Vaccination in Bombay 1869-1873 - 1869-1873
Year: 1869
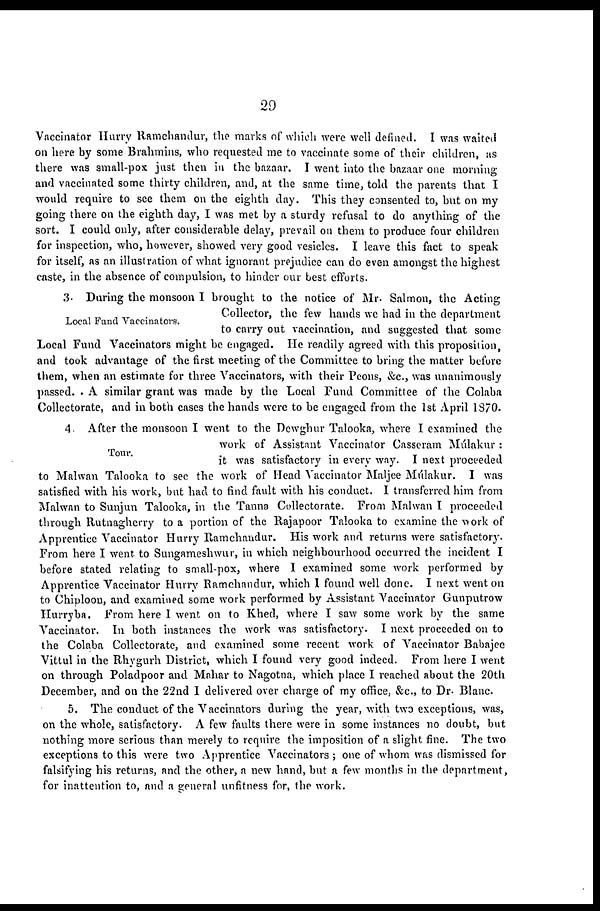
29
Vaccinator Hurry Ramchandur, the marks of which were well defined. I was waited
on here by some Brahmins, who requested me to vaccinate some of their children, as
there was small-pox just then in the bazaar. I went into the bazaar one morning
and vaccinated some thirty children, and, at the same time, told the parents that I
would require to see them on the eighth day. This they consented to, but on my
going there on the eighth day, I was met by a sturdy refusal to do anything of the
sort. I could only, after considerable delay, prevail on them to produce four children
for inspection, who, however, showed very good vesicles. I leave this fact to speak
for itself, as an illustration of what ignorant prejudice can do even amongst the highest
caste, in the absence of compulsion, to hinder our best efforts.
Local Fund Vaccinators.
3. During the monsoon I brought to the notice of Mr. Salmon, the Acting
Collector, the few hands we had in the department
to carry out vaccination, and suggested that some
Local Fund Vaccinators might be engaged. He readily agreed with this proposition,
and took advantage of the first meeting of the Committee to bring the matter before
them, when an estimate for three Vaccinators, with their Peons, &c., was unanimously
passed. A similar grant was made by the Local Fund Committee of the Colaba
Collectorate, and in both cases the hands were to be engaged from the 1st April 1870.
Tour.
4. After the monsoon I went to the Dewghur Talooka, where I examined the
work of Assistant Vaccinator Casseram Múlakur :
it was satisfactory in every way. I next proceeded
to Malwan Talooka to sec the work of Head Vaccinator Maljee Múlakur. I was
satisfied with his work, but had to find fault with his conduct. I transferred him from
Malwan to Sunjun Talooka, in the Tanna Collectorate. From Malwan I proceeded
through Rutnagherry to a portion of the Rajapoor Talooka to examine the work of
Apprentice Vaccinator Hurry Ramchandur. His work and returns were satisfactory.
From here I went to Sungameshwur, in which neighbourhood occurred the incident I
before stated relating to small-pox, where I examined some work performed by
Apprentice Vaccinator Hurry Ramchandur, which I found well done. I next went on
to Chiploon, and examined some work performed by Assistant Vaccinator Gunputrow
Hurryba. From here I went on to Khed, where I saw some work by the same
Vaccinator. In both instances the work was satisfactory. I next proceeded on to
the Colaba Collectorate, and examined some recent work of Vaccinator Babajee
Vittul in the Rhygurh District, which I found very good indeed. From here I went
on through Poladpoor and Mahar to Nagotna, which place I reached about the 20th
December, and on the 22nd I delivered over charge of my office, &c, to Dr. Blanc.
5. The conduct of the Vaccinators during the year, with two exceptions, was,
on the whole, satisfactory. A few faults there were in some instances no doubt, but
nothing more serious than merely to require the imposition of a slight fine. The two
exceptions to this were two Apprentice Vaccinators ; one of whom was dismissed for
falsifying his returns, and the other, a new hand, but a few months in the department,
for inattention to, and a general unfitness for, the work.